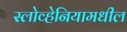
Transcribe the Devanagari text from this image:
स्लोव्हेनियामधील